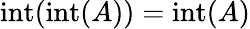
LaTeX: \operatorname{int}(\operatorname{int}(A))=\operatorname{int}(A)